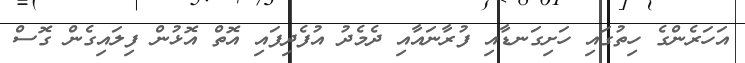
އަހަރެންގެ ހިތުގައި ހަށިގަނޑާއި ފުރާނައާއި ދެމެދު އުފެދިފައި އޮތް އޮޅުން ފިލައިގެން ގޮސް